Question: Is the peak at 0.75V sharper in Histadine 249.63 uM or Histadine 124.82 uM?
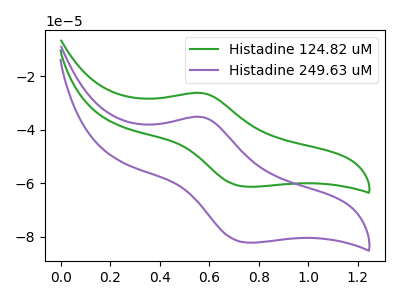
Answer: <think>The green curve "Histadine 124.82 uM" has an anodic peak at (0.55V, -26.30uA) and a cathodic peak at (0.75V, -61.30uA). The purple curve "Histadine 249.63 uM" has an anodic peak at (0.55V, -35.25uA) and a cathodic peak at (0.75V, -82.20uA).</think>
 <answer>The peak at 0.75V is higher in "Histadine 249.63 uM" than in "Histadine 124.82 uM".</answer>
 <eval>higher</eval>